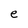
Character: e